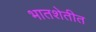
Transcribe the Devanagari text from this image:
भातशेतीत